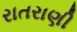
રાતરાણી